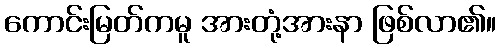
ကောင်းမြတ်ကမူ အားတုံ့အားနာ ဖြစ်လာ၏။